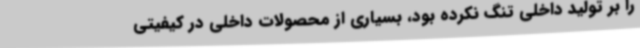
را بر تولید داخلی تنگ نکرده بود، بسیاری از محصولات داخلی در کیفیتی